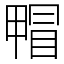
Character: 𤲰